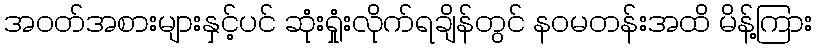
အဝတ်အစားများနှင့်ပင် ဆုံးရှုံးလိုက်ရချိန်တွင် နဝမတန်းအထိ မိန့်ကြား